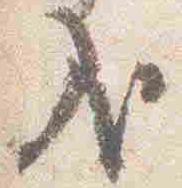
哉